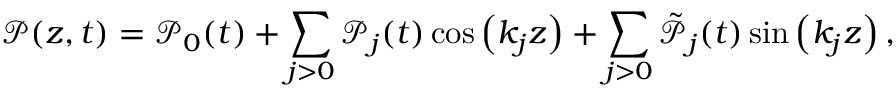
\mathcal { P } ( z , t ) = \mathcal { P } _ { 0 } ( t ) + \sum _ { j > 0 } \mathcal { P } _ { j } ( t ) \cos \left( k _ { j } z \right) + \sum _ { j > 0 } \tilde { \mathcal { P } } _ { j } ( t ) \sin \left( k _ { j } z \right) ,